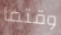
وقتما